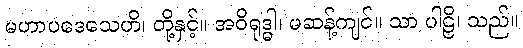
မဟာပဒေသေဟိ၊ တို့နှင့်။ အဝိရုဒ္ဓါ၊ မဆန့်ကျင်။ သာ ပါဠိ၊ သည်။